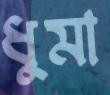
ধুমা